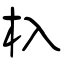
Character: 杁